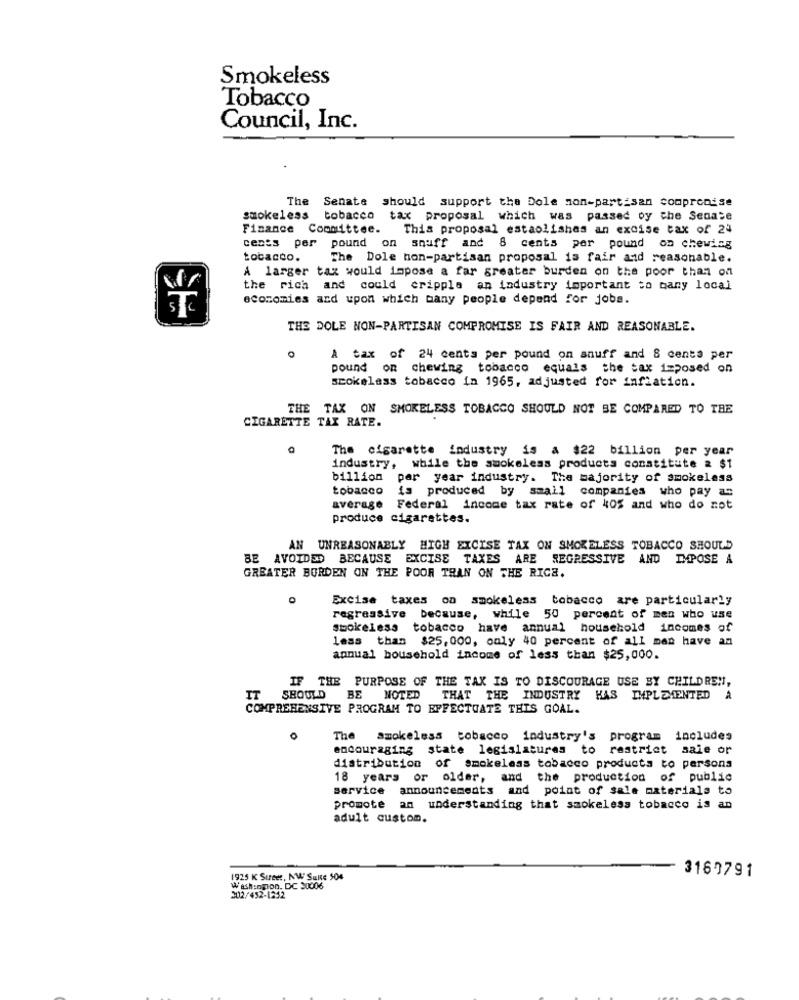
Smokeless
Tobacco
Council, Inc.
The Senate should support the Dole non-partisan comprenise
smokeless tobacco tax proposal which was passed oy che Senate
Finance Committee. This proposal estaolishas an excise tax of 24
cents per pound on snuff and 8 cents per pound on chewing
tobacco.
The Dole non-partisan proposal is fair and reasonable.
A larger tax would impose a far greater burden on the poor than on
the rich and could cripple an industry important to many local
economies and upon which many people depend for jobs.
THE DOLE NON-PARTISAN COMPROMISE IS FAIR AND REASONABLE.
A tax of 24 cents per pound on snuff and & cents per
pound on chewing tobacco equals the tax imposed on
stokelass tobacco in 1965, adjusted for inflation.
THE TAX ON SMOKELESS TOBACCO SHOULD NOT BE COMPARED TO THE
CIGARETTE TAX RATE.
The cigarette industry is a $22 billion per year
industry, while the smokeless products constitute 2 $1
billion per year industry. The majority of smokeless
tobacco
is produced by small companies who pay a:
average Federal income tax rate of 405 and who do not
produce cigarettes.
AN UNREASONABLY HIGH EXCISE TAX ON SMOKELESS TOBACCO SHOULD
BE AVOIDED BECAUSE EXCISE TAXES ARE REGRESSIVE AND IMPOSE A
GREATER BORDEN ON THE POOR THAN ON THE RICE.
0
Excise taxes on smokeless tobacco are particularly
regressive because, while 50 percent of men who use
smokeless tobacco have annual household incomes of
less than $25, 000, only 40 percent of all man have an
annual household income of less than $25,000.
IF THE PURPOSE OF THE TAX IS TO DISCOURAGE USE BY CHILDREN,
IT SHOULD
BE
NOTED THAT THE INDUSTRY HAS IMPLEMENTED
A
COMPREHENSIVE PROGRAM TO EFFECTUATE THIS GOAL.
O
The smokeless tobacco industry's program includes
encouraging state legislatures to restrict sale or
distribution of smokeless tobacco products to persons
18 years or older, and the production of public
service announcements and point of sale materials to
promote an understanding that smokeless tobacco is an
adult custom.
3160791
1925 K Sureet, NW Suite 504
Washington, DC 30006
302/452-1212